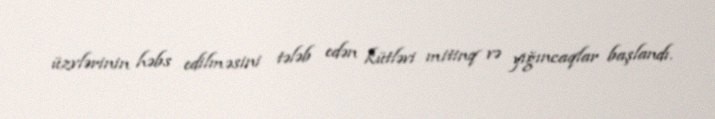
üzvlərinin həbs edilməsini tələb edən kütləvi mitinq və yığıncaqlar başlandı.